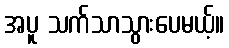
အပူ သက်သာသွားပေမယ့်။